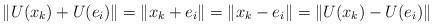
LaTeX: \begin{align*} \|U(x_k) + U(e_i) \| = \| x_k + e_i \| = \|x_k - e_i \| = \| U(x_k) - U(e_i) \|\end{align*}